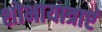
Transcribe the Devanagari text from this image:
शोभायात्राएं